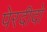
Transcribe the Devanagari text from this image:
पेरदीदो